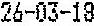
26-03-18